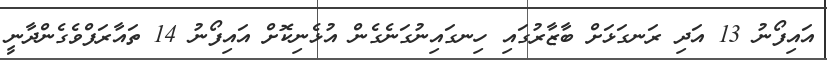
އައިފޯނު 13 އަދި ރަނގަޅަށް ބާޒާރުގައި ހިނގައިނުގަނެގެން އުޅެނިކޮށް އައިފޯނު 14 ތައާރަފްވެގެންދާނީ